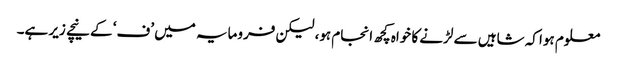
معلوم ہوا کہ شاہیں سے لڑنے کا خواہ کچھ انجام ہو، لیکن فرومایہ میں ’ف‘ کے نیچے زیر ہے۔